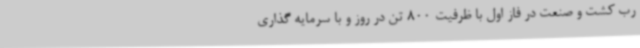
رب کشت و صنعت در فاز اول با ظرفیت 800 تن در روز و با سرمایه گذاری